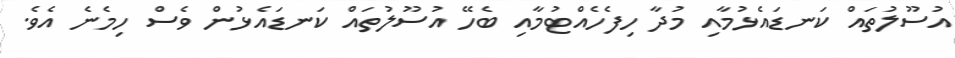
އުސޫލުތައް ކަނޑައެޅުމާއި މުދާ ހިފެހެއްޓުމާއި ބެހޭ އުސޫލުތައް ކަނޑައެޅުން ވެސް ހިމެނެ އެވެ.